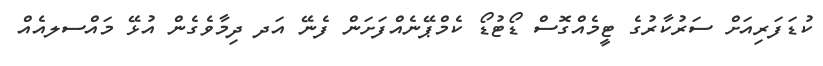
ކުޑަފަރިއަށް ސަރުކާރުގެ ޓީމެއްގޮސް ޑޯޓުޑޯ ކެމްޕޭނެއްފަށަން ފެނޭ އަދ ދިމާވެގެން އުޅޭ މައްސލއެއް